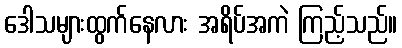
ဒေါသများထွက်နေလား အရိပ်အကဲ ကြည့်သည်။